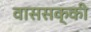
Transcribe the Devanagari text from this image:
वाससक्की